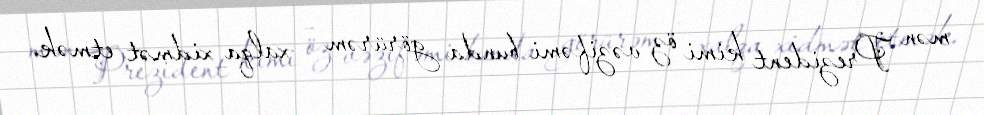
mən Prezident kimi öz vəzifəmi bunda görürəm – xalqa xidmət etmək.